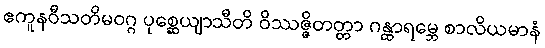
ဧကူနဝီသတိမဝဂ္ဂ ပုစ္ဆေယျာသီတိ ဝိဿဇ္ဇိတတ္တာ ဂန္ထာရမ္ဘေ စာလိယမာနံ